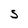
Character: S